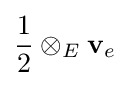
{\frac {1}{2}}\otimes _{E}\mathbf {v} _{e}